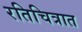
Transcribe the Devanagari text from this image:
रतिचित्रात